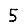
Digit: 5